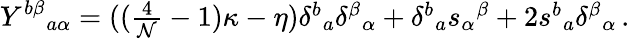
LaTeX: Y^{b\beta}{}_{a\alpha}=((\textstyle{\frac{4}{{\cal N}}}-1)\kappa-\eta)\delta^{b}{}_{a}\delta^{\beta}{}_{\alpha}+\delta^{b}{}_{a}s_{\alpha}{}^{\beta}+2s^{b}{}_{a}\delta^{\beta}{}_{\alpha}\, .